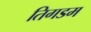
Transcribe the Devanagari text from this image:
तिगडम